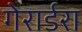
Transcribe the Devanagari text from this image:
गेरार्डरा